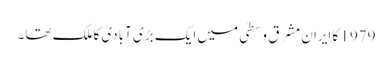
1979 کا ایران مشرقِ وسطیٰ میں ایک بڑی آبادی کا ملک تھا۔